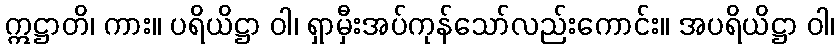
ဣဋ္ဌာတိ၊ ကား။ ပရိယိဋ္ဌာ ဝါ၊ ရှာမှီးအပ်ကုန်သော်လည်းကောင်း။ အပရိယိဋ္ဌာ ဝါ၊